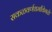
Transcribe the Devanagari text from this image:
सकळवर्णधर्मांवेगळे